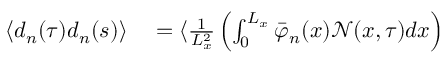
\begin{array} { r l } { \langle d _ { n } ( \tau ) d _ { n } ( s ) \rangle } & { { } = \langle \frac { 1 } { L _ { x } ^ { 2 } } \left( \int _ { 0 } ^ { L _ { x } } \bar { \varphi } _ { n } ( x ) \mathcal { N } ( x , \tau ) d x \right) } \end{array}